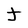
Character: J